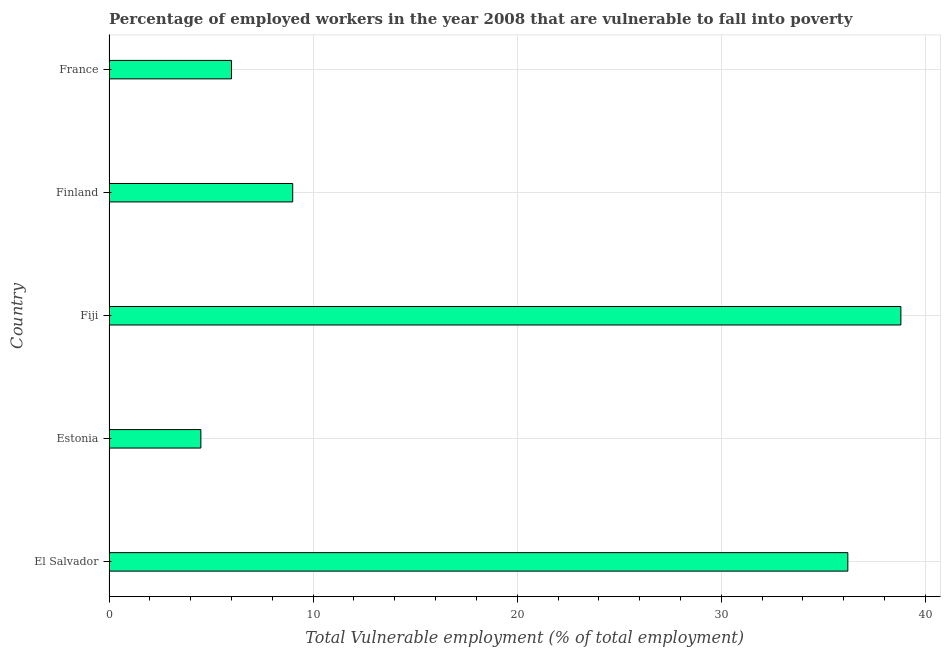
| Country | Vulnerable employment |
 | --- | --- |
 | El Salvador | 36.2 |
 | Estonia | 4.5 |
 | Fiji | 38.8 |
 | Finland | 9 |
 | France | 6 |